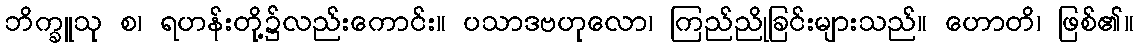
ဘိက္ခူသု စ၊ ရဟန်းတို့၌လည်းကောင်း။ ပသာဒဗဟုလော၊ ကြည်ညိုခြင်းများသည်။ ဟောတိ၊ ဖြစ်၏။